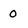
Character: 0